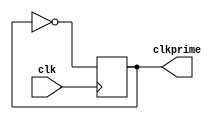
module freq_divider(input clk,output clkprime);
    reg temp=0;
    always@(posedge clk)begin
        temp=~temp;
    end
    assign clkprime=temp;
endmodule